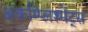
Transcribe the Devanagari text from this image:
अकम्प्लिश्मेंट्स